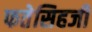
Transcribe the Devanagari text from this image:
फतेसिहजी